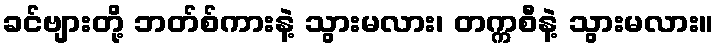
ခင်ဗျားတို့ ဘတ်စ်ကားနဲ့ သွားမလား၊ တက္ကစီနဲ့ သွားမလား။